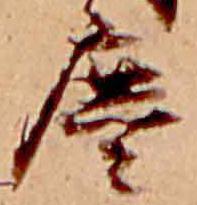
塵